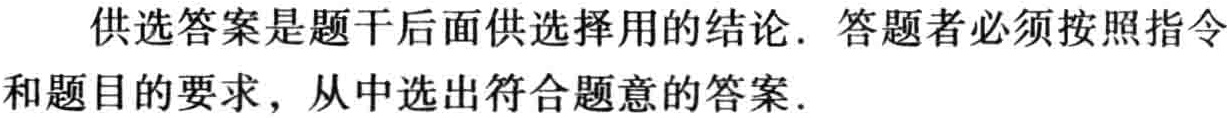
供选答案是题干后面供选择用的结论. 答题者必须按照指令和题目的要求，从中选出符合题意的答案.